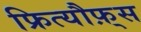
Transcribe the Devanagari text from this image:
फ्रित्यौफ़्स